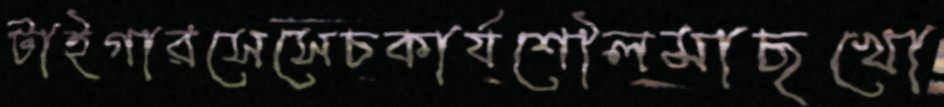
টাইগারসেসেচকার্যশৌলমাছখো